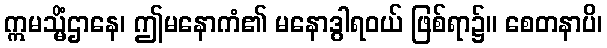
ဣမသ္မိံဌာနေ၊ ဤမနောကံ၏ မနောဒွါရဝယ် ဖြစ်ရာ၌။ စေတနာပိ၊